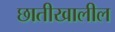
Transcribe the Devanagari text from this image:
छातीखालील